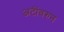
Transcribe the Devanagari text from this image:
अटींवरुन